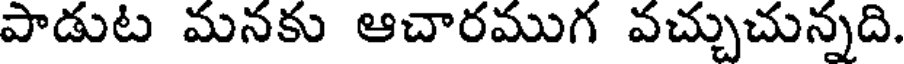
పాడుట మనకు ఆచారముగ వచ్చుచున్నది.